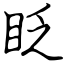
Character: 眨